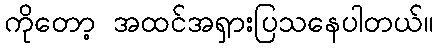
ကိုတော့ အထင်အရှားပြသနေပါတယ်။